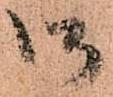
御